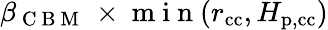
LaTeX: \beta_{\mathrm{~C~B~M~}}\, \times\mathrm{~m~i~n~}(r_{\mathrm{cc}},H_{\mathrm{p,cc}})